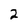
Character: 2